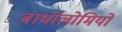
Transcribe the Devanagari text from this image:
बार्थालोमियो